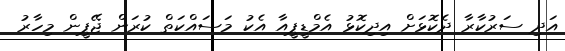
އަދި ސަރުކާރާ ދެކޮޅަށް އިދިކޮޅުު އެމްޑީޕީއާ އެކު މަސައްކަތް ކުރަން ޖޭޕީން މިހާރު